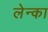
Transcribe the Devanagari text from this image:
लेन्का